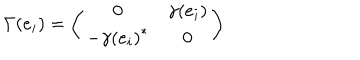
LaTeX: \Gamma ( e _ { i } ) = \left( \begin{matrix} { { 0 } } & { { \gamma ( e _ { i } ) } } \\ { { - { \gamma ( e _ { i } ) } ^ { * } } } & { { 0 } } \\ \end{matrix} \right)